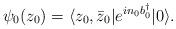
LaTeX: \begin{align*}\psi_0(z_0) = \langle z_0, \bar z_0 \vert e^{ i n_0 b^\dagger_0} \vert 0 \rangle.\end{align*}